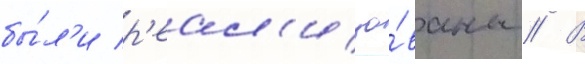
бы́л'и р'еал'изо́ваны // В